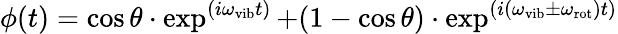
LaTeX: \phi(t)=\cos\theta\cdot\exp^{(i\omega_{\mathrm{vib}}t)}+(1-\cos\theta)\cdot\exp^{(i(\omega_{\mathrm{vib}}\pm\omega_{\mathrm{rot}})t)}